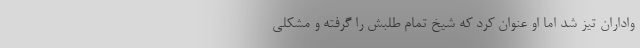
واداران تیز شد اما او عنوان کرد که شیخ تمام طلبش را گرفته و مشکلی